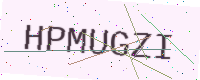
Text: HPMUGZI